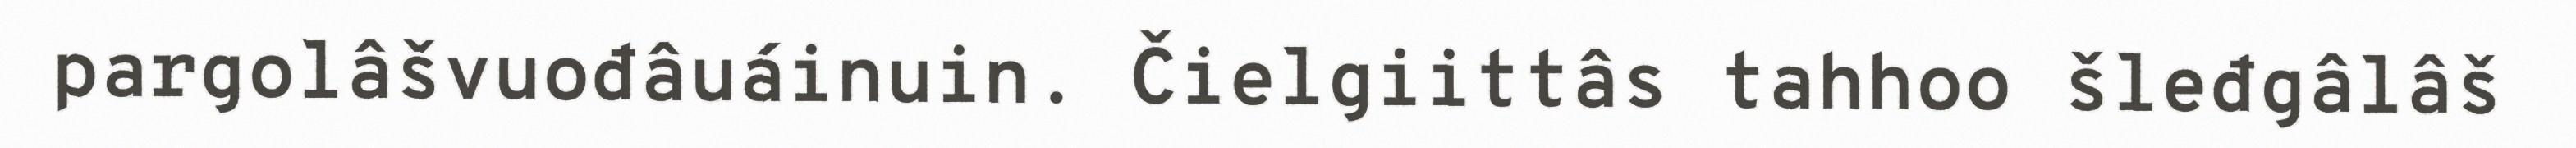
pargolâšvuođâuáinuin. Čielgiittâs tahhoo šleđgâlâš